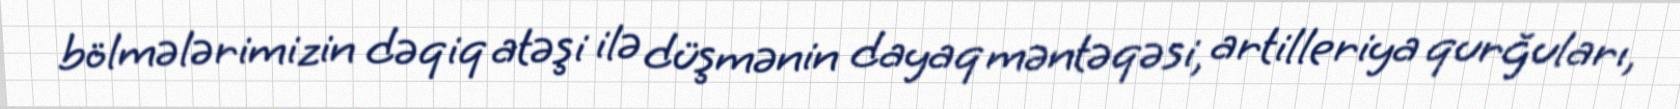
bölmələrimizin dəqiq atəşi ilə düşmənin dayaq məntəqəsi, artilleriya qurğuları,